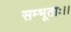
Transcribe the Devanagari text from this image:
सम्भूताः।।